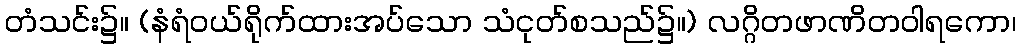
တံသင်း၌။ (နံရံဝယ်ရိုက်ထားအပ်သော သံငုတ်စသည်၌။) လဂ္ဂိတဖာဏိတဝါရကော၊